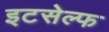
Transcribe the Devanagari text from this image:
इटसेल्फ